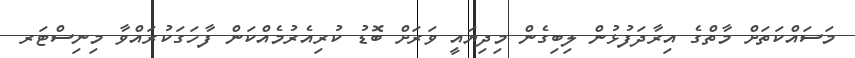
މަސައްކަތަށް މާތްގެ އިރާދަފުޅުން ލިބިގެން މިދިޔައީ ވަރަށް ބޮޑު ކުރިއެރުމެއްކަން ފާހަގަކުރައްވާ މިނިސްޓަރ